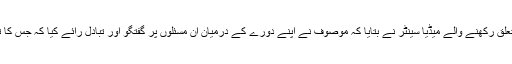
وکیل محترم کے دفتر سے تعلق رکھنے والے میڈیا سینٹر نے بتایا کہ موصوف نے اپنے دورے کے درمیان ان مسئلوں پر گفتگو اور تبادل رائے کیا کہ جس کا تعلق ان تمام ملکوں سے ہے۔